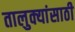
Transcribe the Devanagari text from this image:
तालुक्यांसाठी